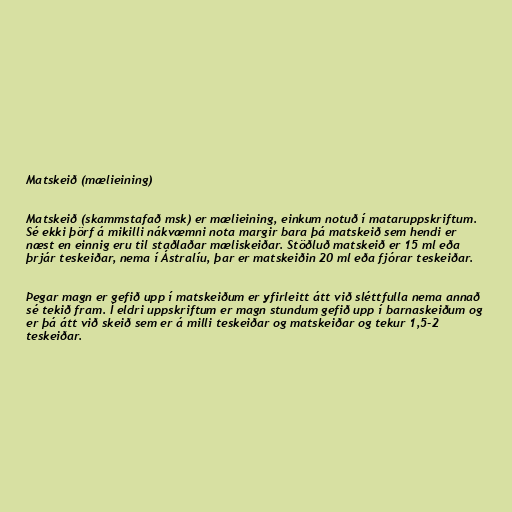
Matskeið (mælieining)

Matskeið (skammstafað msk) er mælieining, einkum notuð í mataruppskriftum.
Sé ekki þörf á mikilli nákvæmni nota margir bara þá matskeið sem hendi er
næst en einnig eru til staðlaðar mæliskeiðar. Stöðluð matskeið er 15 ml eða
þrjár teskeiðar, nema í Ástralíu, þar er matskeiðin 20 ml eða fjórar teskeiðar.

Þegar magn er gefið upp í matskeiðum er yfirleitt átt við sléttfulla nema annað
sé tekið fram. Í eldri uppskriftum er magn stundum gefið upp í barnaskeiðum og
er þá átt við skeið sem er á milli teskeiðar og matskeiðar og tekur 1,5-2
teskeiðar.